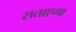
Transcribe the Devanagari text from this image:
सताएगा